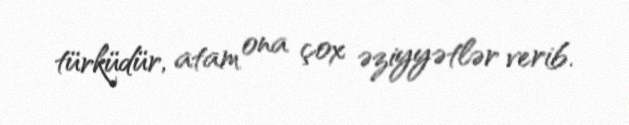
türküdür, atam ona çox əziyyətlər verib.